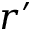
r ^ { \prime }